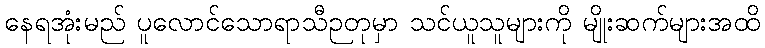
နေရအုံးမည် ပူလောင်သောရာသီဉတုမှာ သင်ယူသူများကို မျိုးဆက်များအထိ